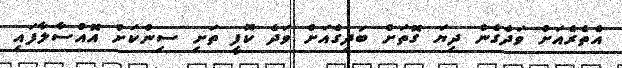
އެތެރެއަށް ވަދެގެން ދިޔަ ގޮތަށް ބަދިގެއަށް ވަދެ ކޮފީ ތަށި ސިންކަށް އޮއްސާލާފައި